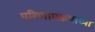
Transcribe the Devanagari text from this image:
परिणामक्रमाच्या